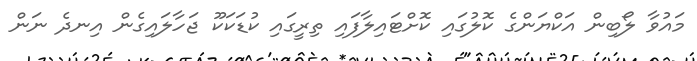
މައުވާ ލޯބިން އަކްޔަންގެ ކޮލުގައި ކޮށްޓައިލާފައި ތިރީގައި ކުޑަކަކޫ ޖަހާލައިގެން އިނދެ ނަން